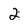
Character: 2